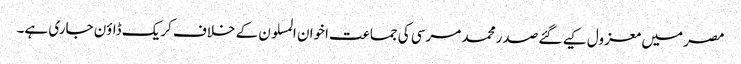
مصر میں معزول کیے گئے صدر محمد مرسی کی جماعت اخوان المسلون کے خلاف کریک ڈاؤن جاری ہے۔